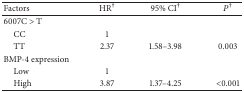
<table><thead><tr><td><b>Factors</b></td><td><b>HR<sup>†</sup></b></td><td><b>95% CI<sup>†</sup></b></td><td><b>P<sup>†</sup></b></td></tr></thead><tbody><tr><td>6007C &gt; T</td><td> </td><td> </td><td> </td></tr><tr><td> CC</td><td>1</td><td> </td><td> </td></tr><tr><td> TT</td><td>2.37</td><td>1.58–3.98</td><td>0.003</td></tr><tr><td>BMP-4 expression</td><td> </td><td> </td><td> </td></tr><tr><td> Low</td><td>1</td><td> </td><td> </td></tr><tr><td> High </td><td>3.87</td><td>1.37–4.25</td><td>&lt;0.001</td></tr></tbody></table>